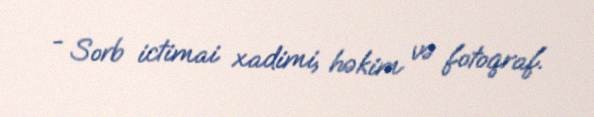
- Sorb ictimai xadimi, həkim və fotoqraf.